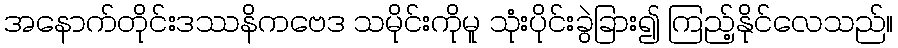
အနောက်တိုင်းဒဿနိကဗေဒ သမိုင်းကိုမူ သုံးပိုင်းခွဲခြား၍ ကြည့်နိုင်လေသည်။